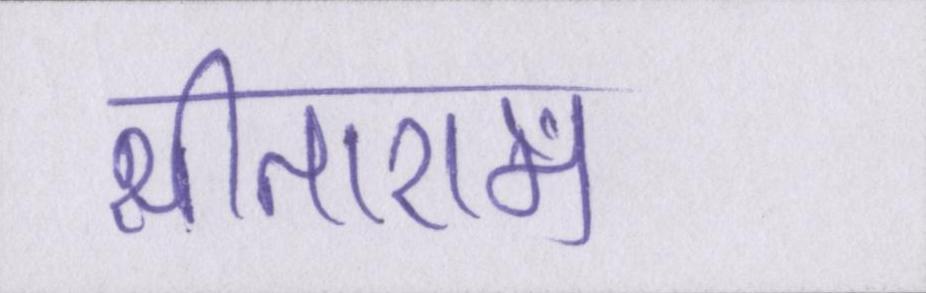
सीताराम